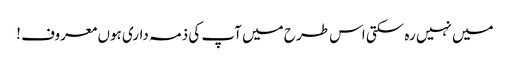
میں نہیں رہ سکتی اس طرح میں آپ کی ذمہ داری ہوں معروف !